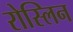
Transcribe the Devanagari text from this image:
रोस्लिन